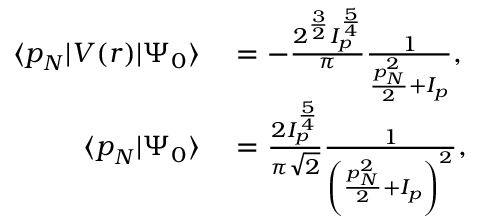
\begin{array} { r l } { \langle \boldsymbol { p } _ { N } | V ( \boldsymbol { r } ) | \Psi _ { 0 } \rangle } & { { } = - \frac { 2 ^ { \frac { 3 } { 2 } } I _ { p } ^ { \frac { 5 } { 4 } } } { \pi } \frac { 1 } { \frac { \boldsymbol { p } _ { N } ^ { 2 } } { 2 } + I _ { p } } , } \\ { \langle \boldsymbol { p } _ { N } | \Psi _ { 0 } \rangle } & { { } = \frac { 2 I _ { p } ^ { \frac { 5 } { 4 } } } { \pi \sqrt { 2 } } \frac { 1 } { \left( \frac { \boldsymbol { p } _ { N } ^ { 2 } } { 2 } + I _ { p } \right) ^ { 2 } } , } \end{array}